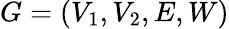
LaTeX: G=(V_{1},V_{2},E,W)